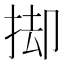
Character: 𢭙